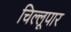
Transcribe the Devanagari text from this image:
चिल्लूपार